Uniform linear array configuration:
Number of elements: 64
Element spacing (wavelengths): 0.75
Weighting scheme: blackman
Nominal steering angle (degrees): -45
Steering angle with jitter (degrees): -44.789
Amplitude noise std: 0.05
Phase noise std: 0.05

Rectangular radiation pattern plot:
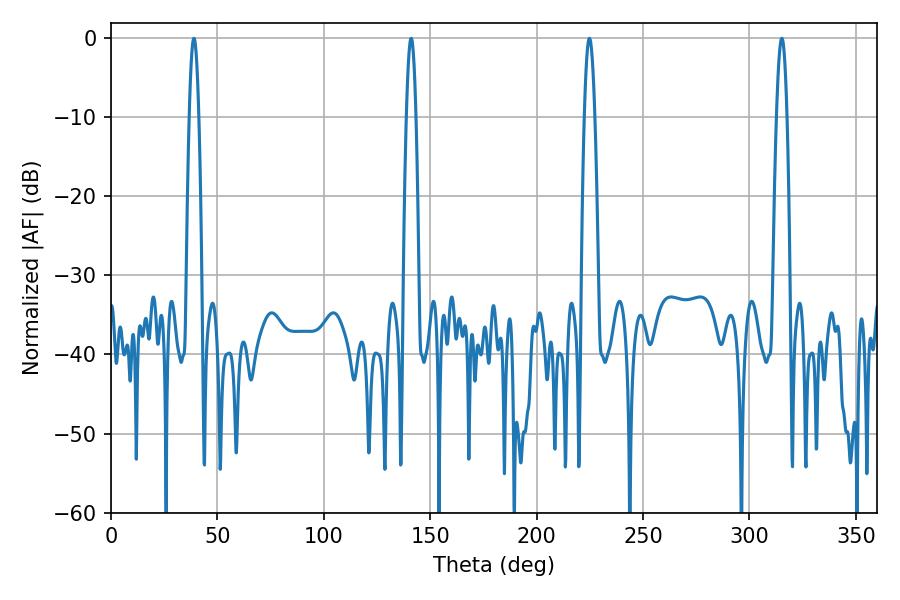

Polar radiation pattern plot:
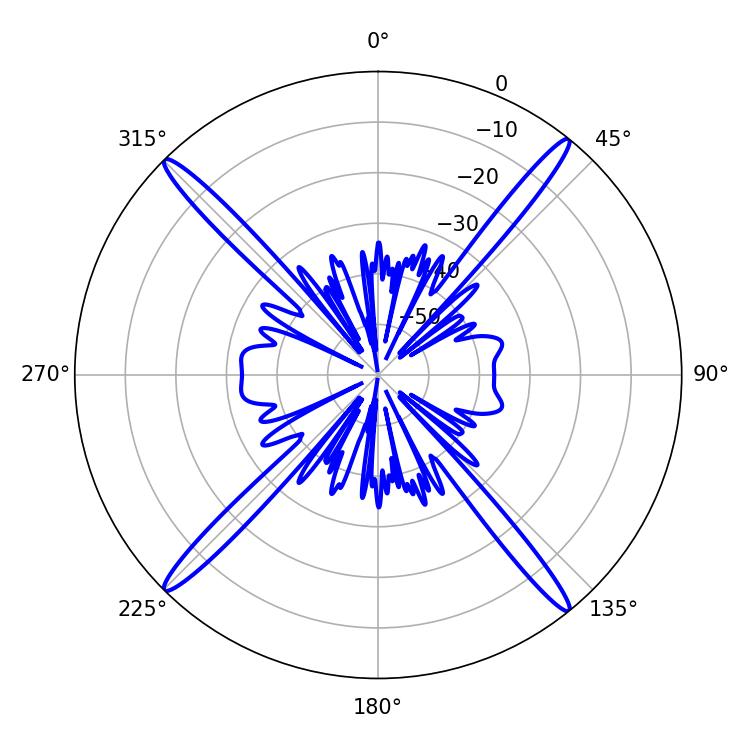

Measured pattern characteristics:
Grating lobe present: TRUE
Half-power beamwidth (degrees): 2.52
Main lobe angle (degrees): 315.18